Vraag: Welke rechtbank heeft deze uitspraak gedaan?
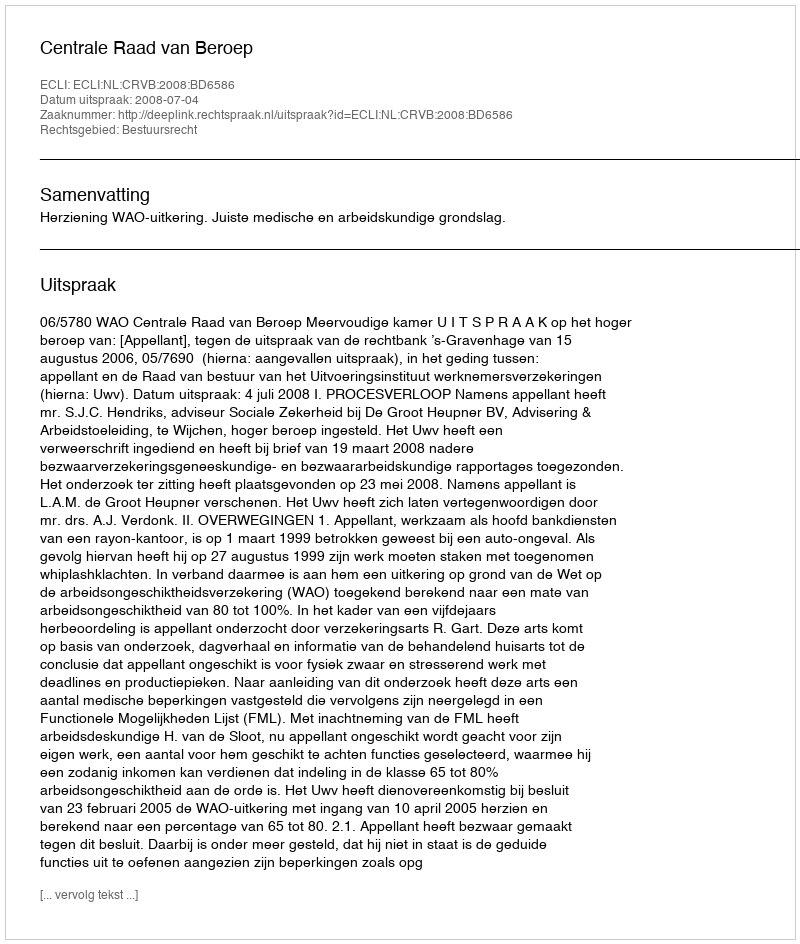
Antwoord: Centrale Raad van Beroep